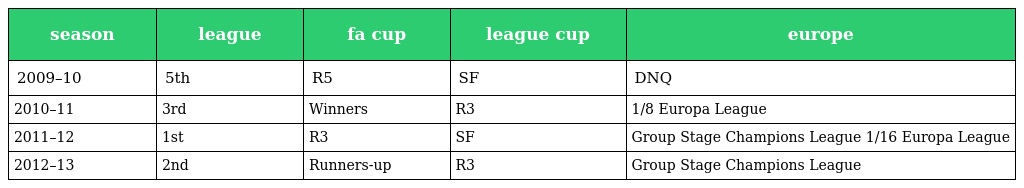
| season | league | fa cup | league cup | europe |
 | --- | --- | --- | --- | --- |
 | 2009–10 | 5th | R5 | SF | DNQ |
 | 2010–11 | 3rd | Winners | R3 | 1/8 Europa League |
 | 2011–12 | 1st | R3 | SF | Group Stage Champions League 1/16 Europa League |
 | 2012–13 | 2nd | Runners-up | R3 | Group Stage Champions League |